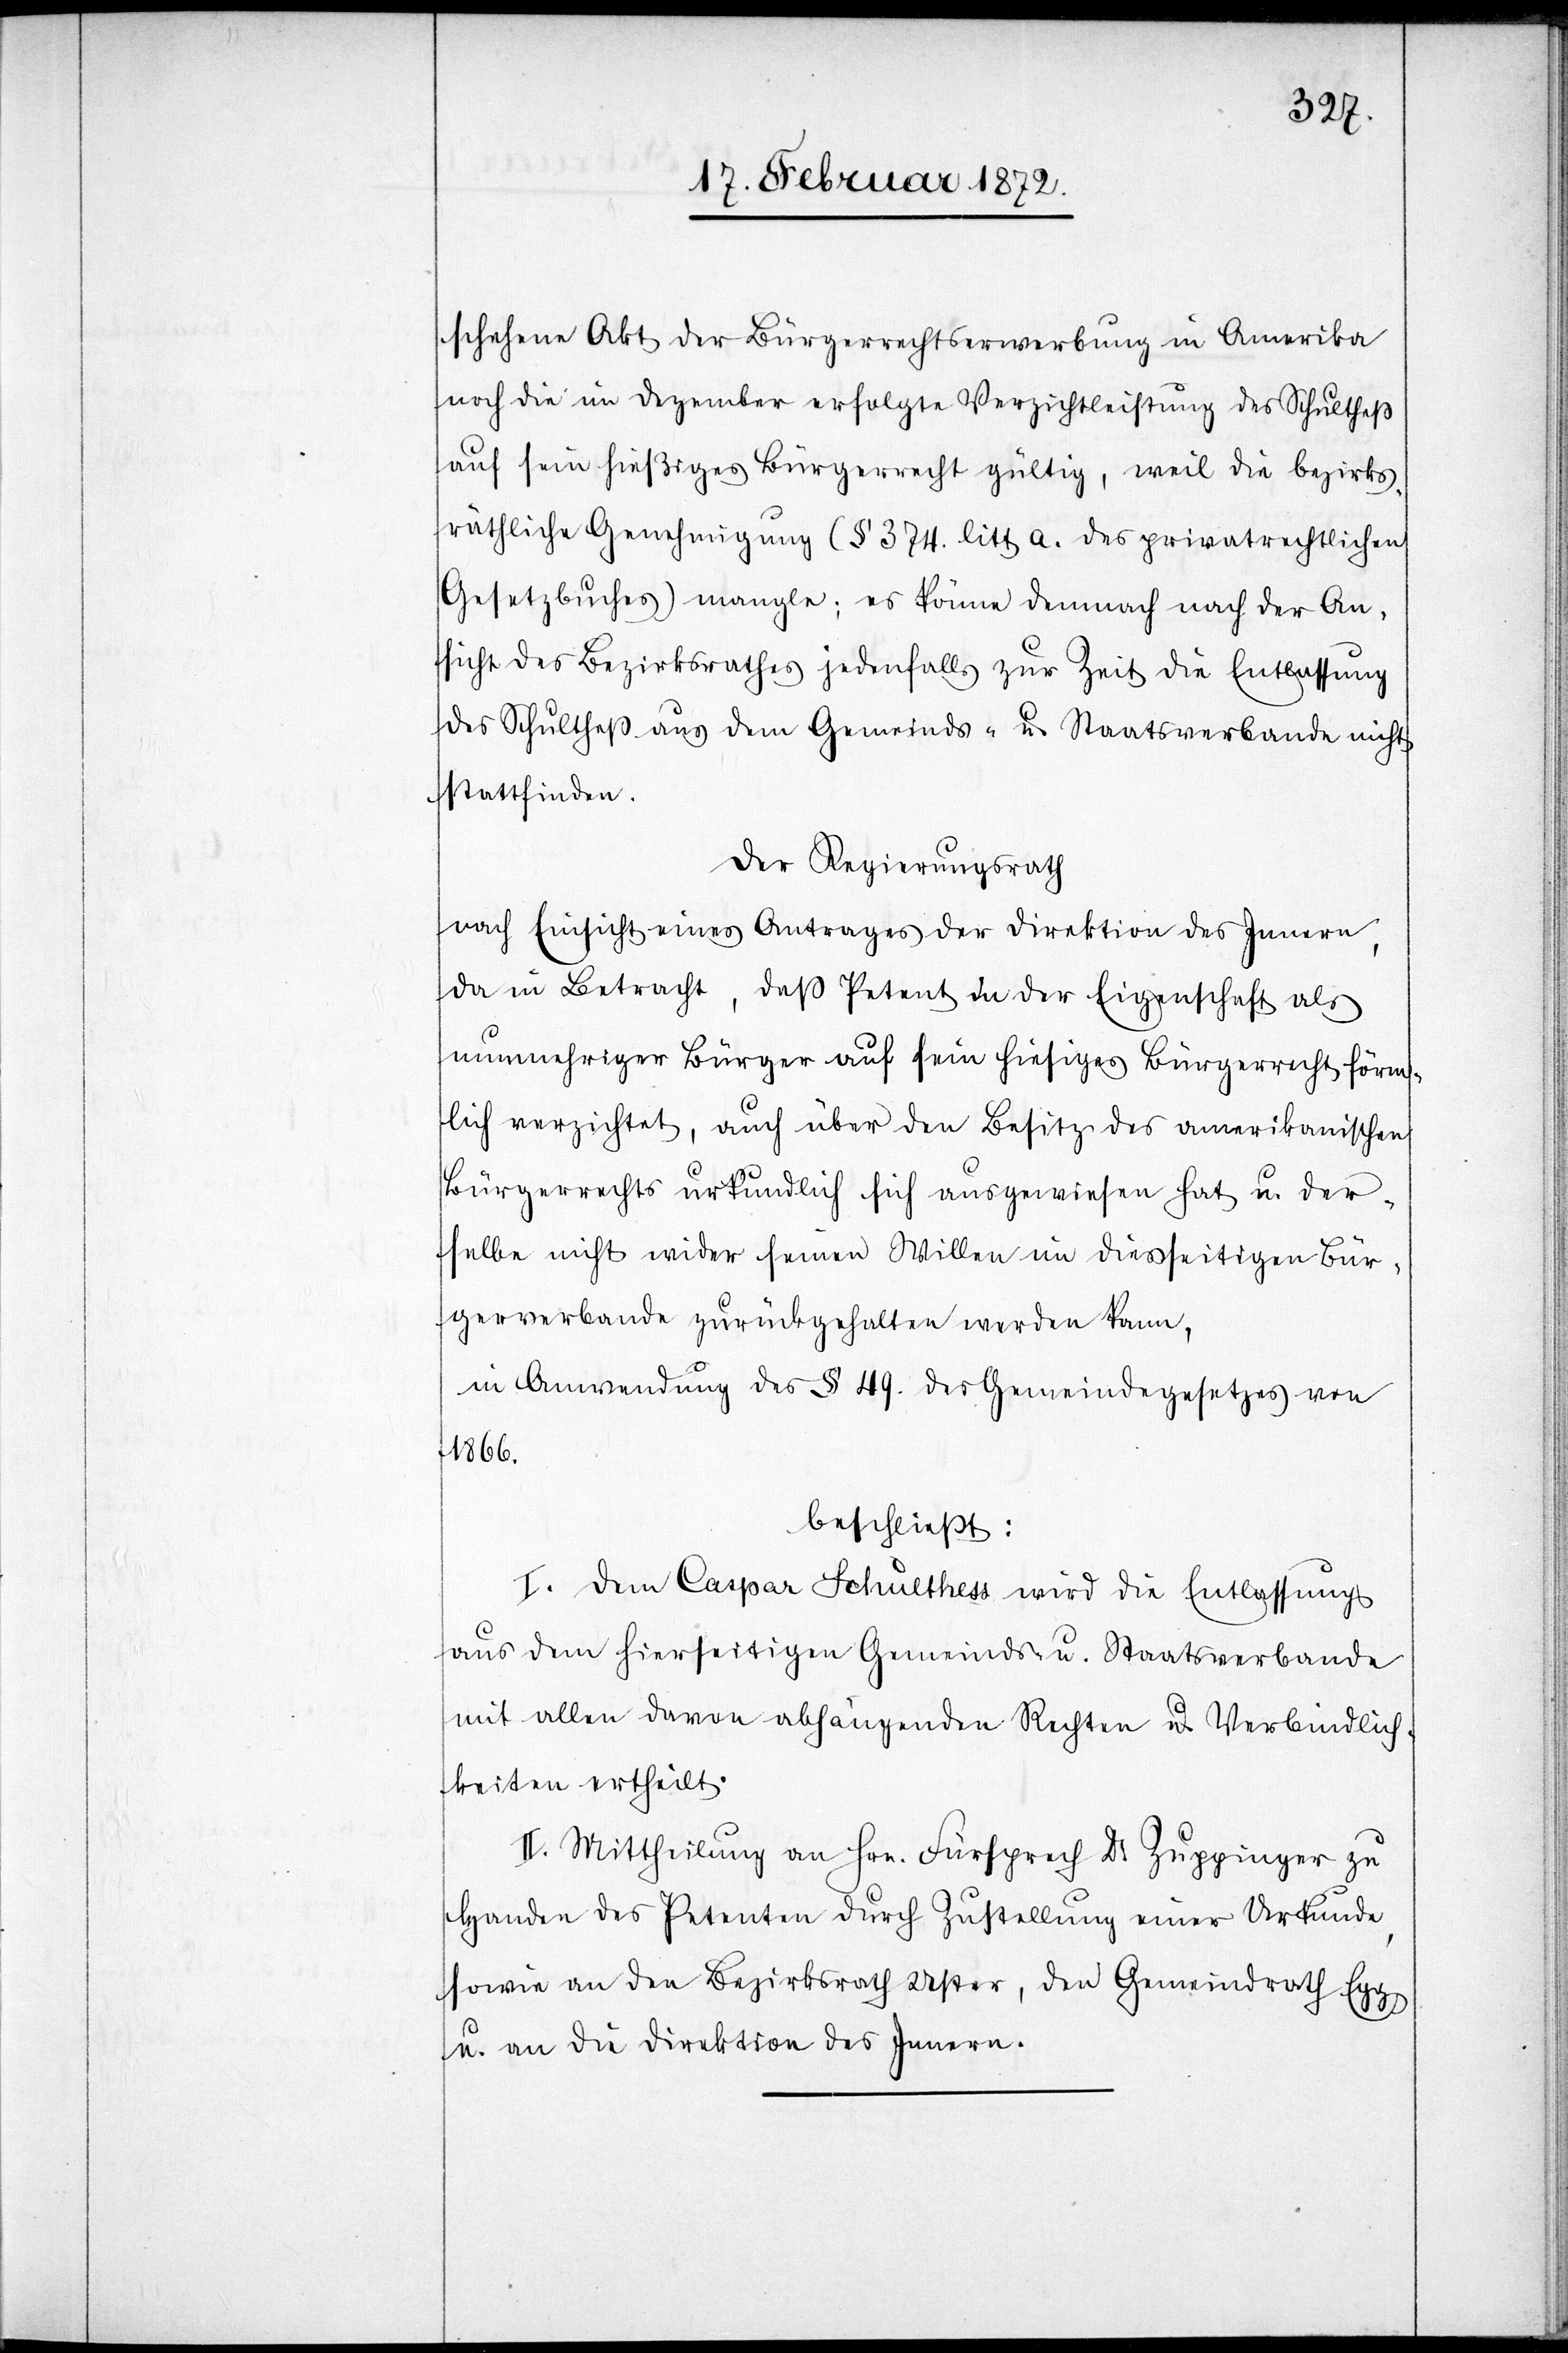
schehene Akt der Bürgerrechtserwerbung in Amerika
noch die im Dezember erfolgte Verzichtleistung des Schultheß
auf sein hießiges Bürgerrecht gültig, weil die bezirks¬
räthliche Genehmigung (§ 374. litt. a. des privatrechtlichen
Gesetzbuches) mangle; es könne demnach nach der An¬
sicht des Bezirksrathes jedenfalls zur Zeit die Entlassung
des Schultheß aus dem Gemeinds- u. Staatsverbande nicht
stattfinden.
Der Regierungsrath
nach Einsicht eines Antrages der Direktion des Innern,
da in Betracht, daß Petent in der Eigenschaft als
nunmehriger Bürger auf sein hiesiges Bürgerrecht förm¬
lich verzichtet, auch über den Besitz des amerikanischen
Bürgerrechts urkundlich sich ausgewiesen hat u. der¬
selbe nicht wider seinen Willen im diesseitigen Bür¬
gerverbande zurückgehalten werden kann,
in Anwendung des § 49. des Gemeindegesetzes von
1866.
beschließt:
I. Dem Caspar Schultheß wird die Entlassung
aus dem hierseitigen Gemeinds- u. Staatsverbande
mit allen davon abhängenden Rechten u. Verbindlich¬
keiten ertheilt.
II. Mittheilung an Hrn. Fürsprech Dr. Zuppinger zu
Handen des Petenten durch Zustellung einer Urkunde,
sowie an den Bezirksrath Uster, den Gemeindrath Egg
u. an die Direktion des Innern.